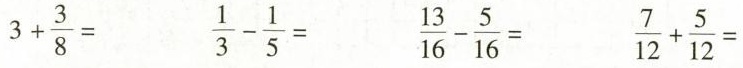
$$3+ \frac{3}{8}=$$ $$\frac{1}{3}- \frac{1}{5}=$$ $$\frac{13}{16}- \frac{5}{16}=$$ $$\frac{7}{12}+ \frac{5}{12}=$$